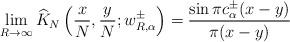
LaTeX: \begin{align*} \lim_{R \to\infty} \widehat{K}_N \left( \frac{x}{N}, \frac{y}{N}; w_{R,\alpha}^{\pm} \right) =\frac{\sin \pi c_{\alpha}^{\pm} (x-y)}{\pi(x-y)}\end{align*}